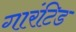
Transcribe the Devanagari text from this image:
गारंटिड